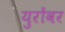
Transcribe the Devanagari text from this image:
युरोंवर